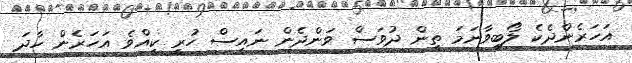
އަަހަރެންދެކެ ލޯބިވާނަމަ ތިން ދުވަސް ވަންދެން ނައިސް ހުރީ ކީއްވެ އަހަރެން ހާދަ